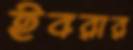
ইবরার